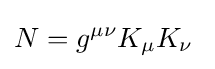
N=g^{\mu \nu }K_{\mu }K_{\nu }\;